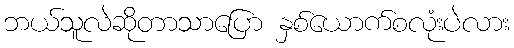
ဘယ်သူလဲဆိုတာသာပြော နှစ်ယောက်စလုံးပဲလား